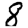
Digit: 8